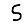
Digit: 5